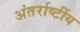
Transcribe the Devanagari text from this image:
अंतर्राष्टींय